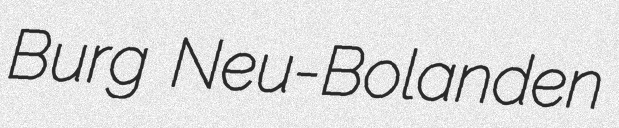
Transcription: Burg Neu-Bolanden